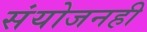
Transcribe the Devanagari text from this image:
संयोजनही